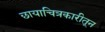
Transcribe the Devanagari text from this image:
छायाचित्रकारीतून